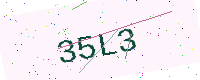
Text: 35L3